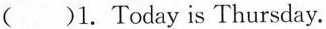
( )1. Today is Thursday.